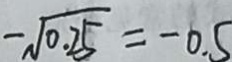
- \sqrt { 0 . 2 5 } = - 0 . 5